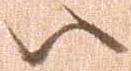
ハ